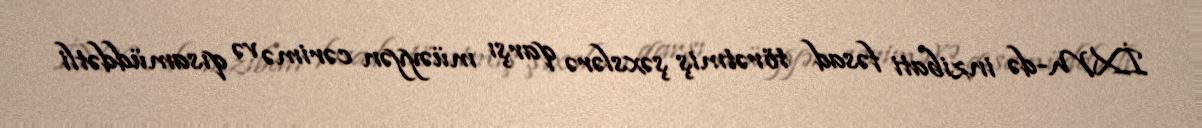
İXM-də inzibati fəsad törətmiş şəxslərə qarşı müəyyən cərimə və qısamüddətli